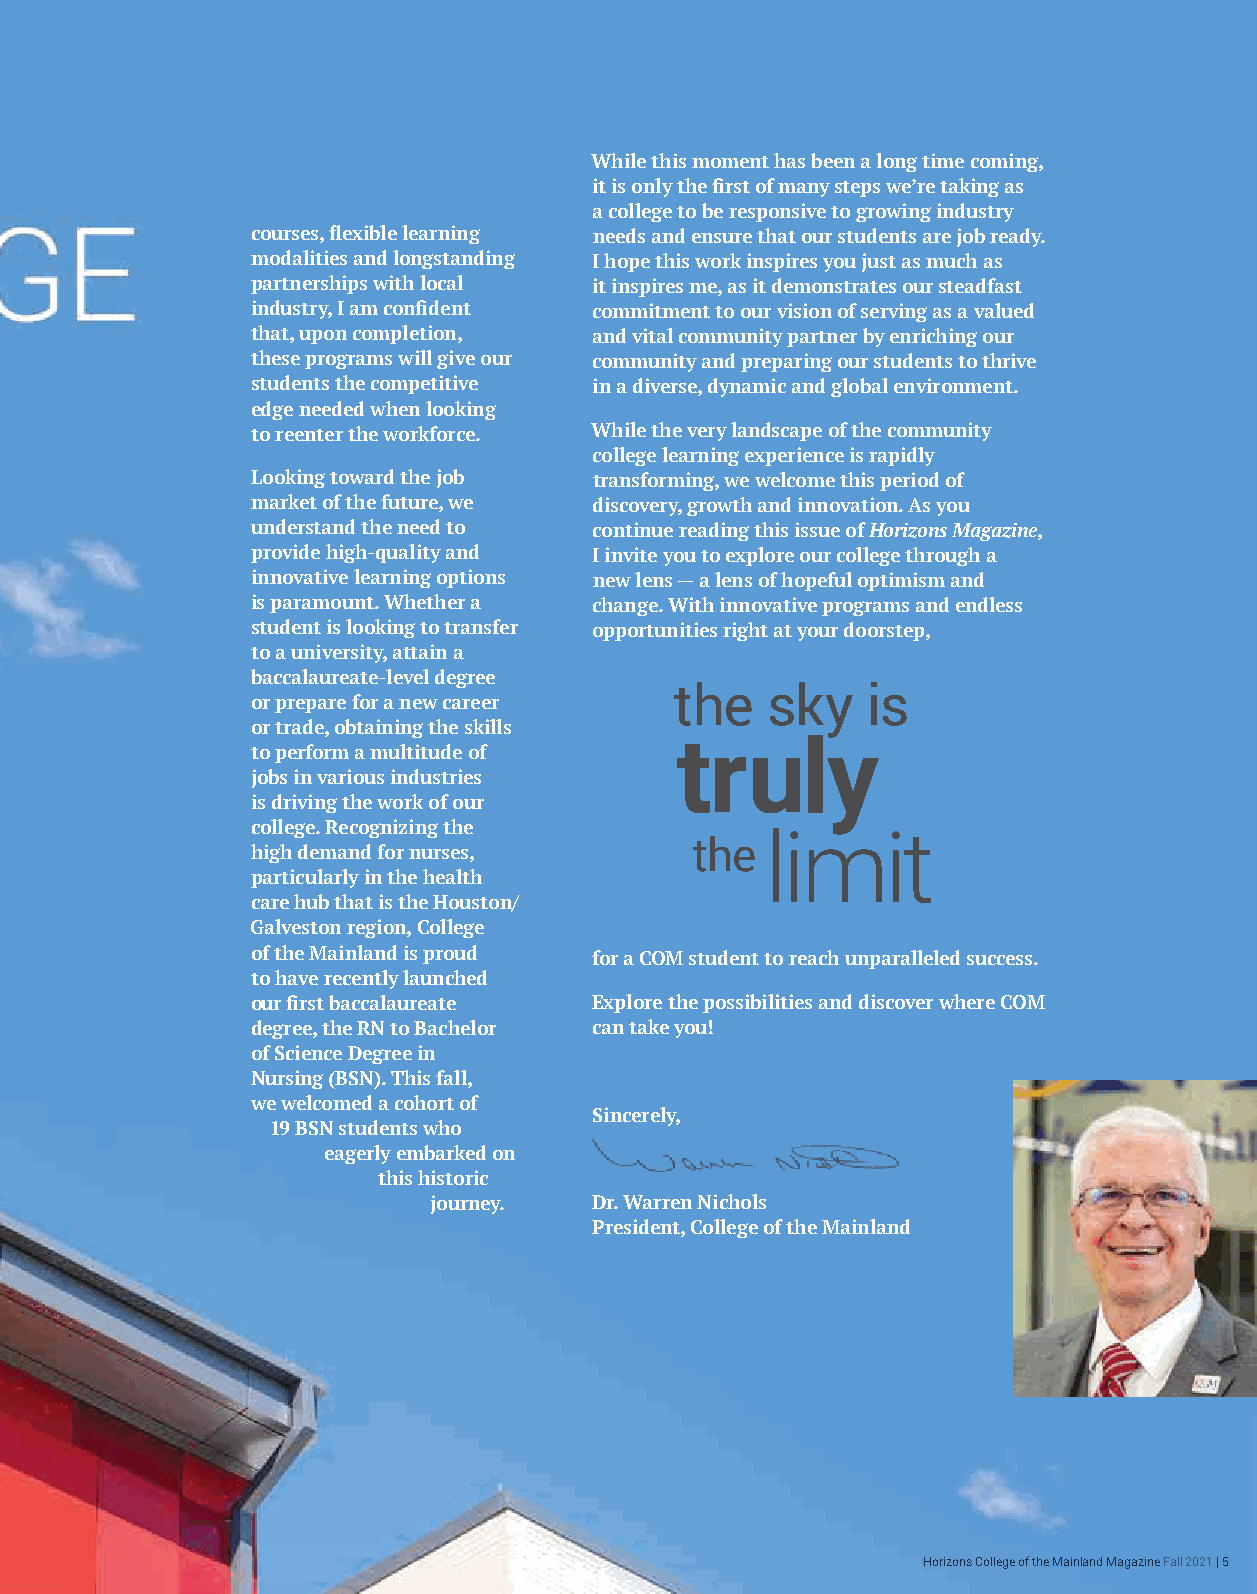
While this moment has been a long time coming,
 it is only the first of many steps we’re taking as
 a college to be responsive to growing industry
 courses, flexible learning needs and ensure that our students are job ready.
 modalities and longstanding I hope this work inspires you just as much as
 partnerships with local it inspires me, as it demonstrates our steadfast
 industry, I am confident commitment to our vision of serving as a valued
 that, upon completion, and vital community partner by enriching our
 these programs will give our community and preparing our students to thrive
 students the competitive in a diverse, dynamic and global environment.
 edge needed when looking
 to reenter the workforce. While the very landscape of the community
 college learning experience is rapidly
 Looking toward the job transforming, we welcome this period of
 market of the future, we discovery, growth and innovation. As you
 understand the need to continue reading this issue of Horizons Magazine,
 provide high-quality and I invite you to explore our college through a
 innovative learning options new lens — a lens of hopeful optimism and
 is paramount. Whether a change. With innovative programs and endless
 student is looking to transfer opportunities right at your doorstep,
 to a university, attain a
 baccalaureate-level degree
 the   sky   is
 or prepare for a new career
 or trade, obtaining the skills
 truly
 to perform a multitude of
 jobs in various industries
 is driving the work of our
 college. Recognizing the
 limit
 the
 high demand for nurses,
 particularly in the health
 care hub that is the Houston/
 Galveston region, College
 of the Mainland is proud for a COM student to reach unparalleled success.
 to have recently launched
 our first baccalaureate Explore the possibilities and discover where COM
 degree, the RN to Bachelor can take you!
 of Science Degree in
 Nursing (BSN). This fall,
 we welcomed a cohort of
 Sincerely,
 19 BSN students who
 eagerly embarked on
 this historic
 journey.   Dr. Warren Nichols
 President, College of the Mainland
 Horizons College of the Mainland Magazine Fall 2021 | 5